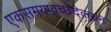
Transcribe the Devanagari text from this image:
एकसमयावच्छेदेकरुन